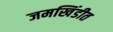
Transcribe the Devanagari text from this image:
जमखिंडीत